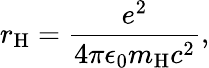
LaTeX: r_{\mathrm{H}}={\frac{e^{2}}{4\pi\epsilon_{0}m_{\mathrm{H}}c^{2}}},